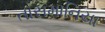
તાસમાનિયા